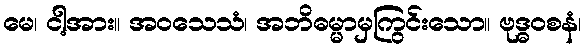
မေ၊ ငါ့အား။ အဝသေသံ၊ အဘိဓမ္မာမှကြွင်းသော။ ဗုဒ္ဓဝစနံ၊